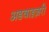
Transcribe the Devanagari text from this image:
अडवाइज़री